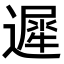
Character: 遲